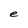
Character: e